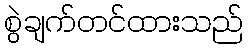
စွဲချက်တင်ထားသည်